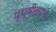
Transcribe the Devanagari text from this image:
पृथ्वीलाच